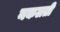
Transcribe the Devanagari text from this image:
नकलती